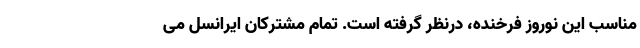
مناسب این نوروز فرخنده، درنظر گرفته است. تمام مشترکان ایرانسل می‌